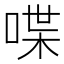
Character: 喋